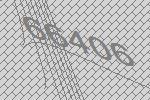
66406